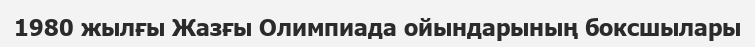
1980 жылғы Жазғы Олимпиада ойындарының боксшылары